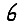
Digit: 6